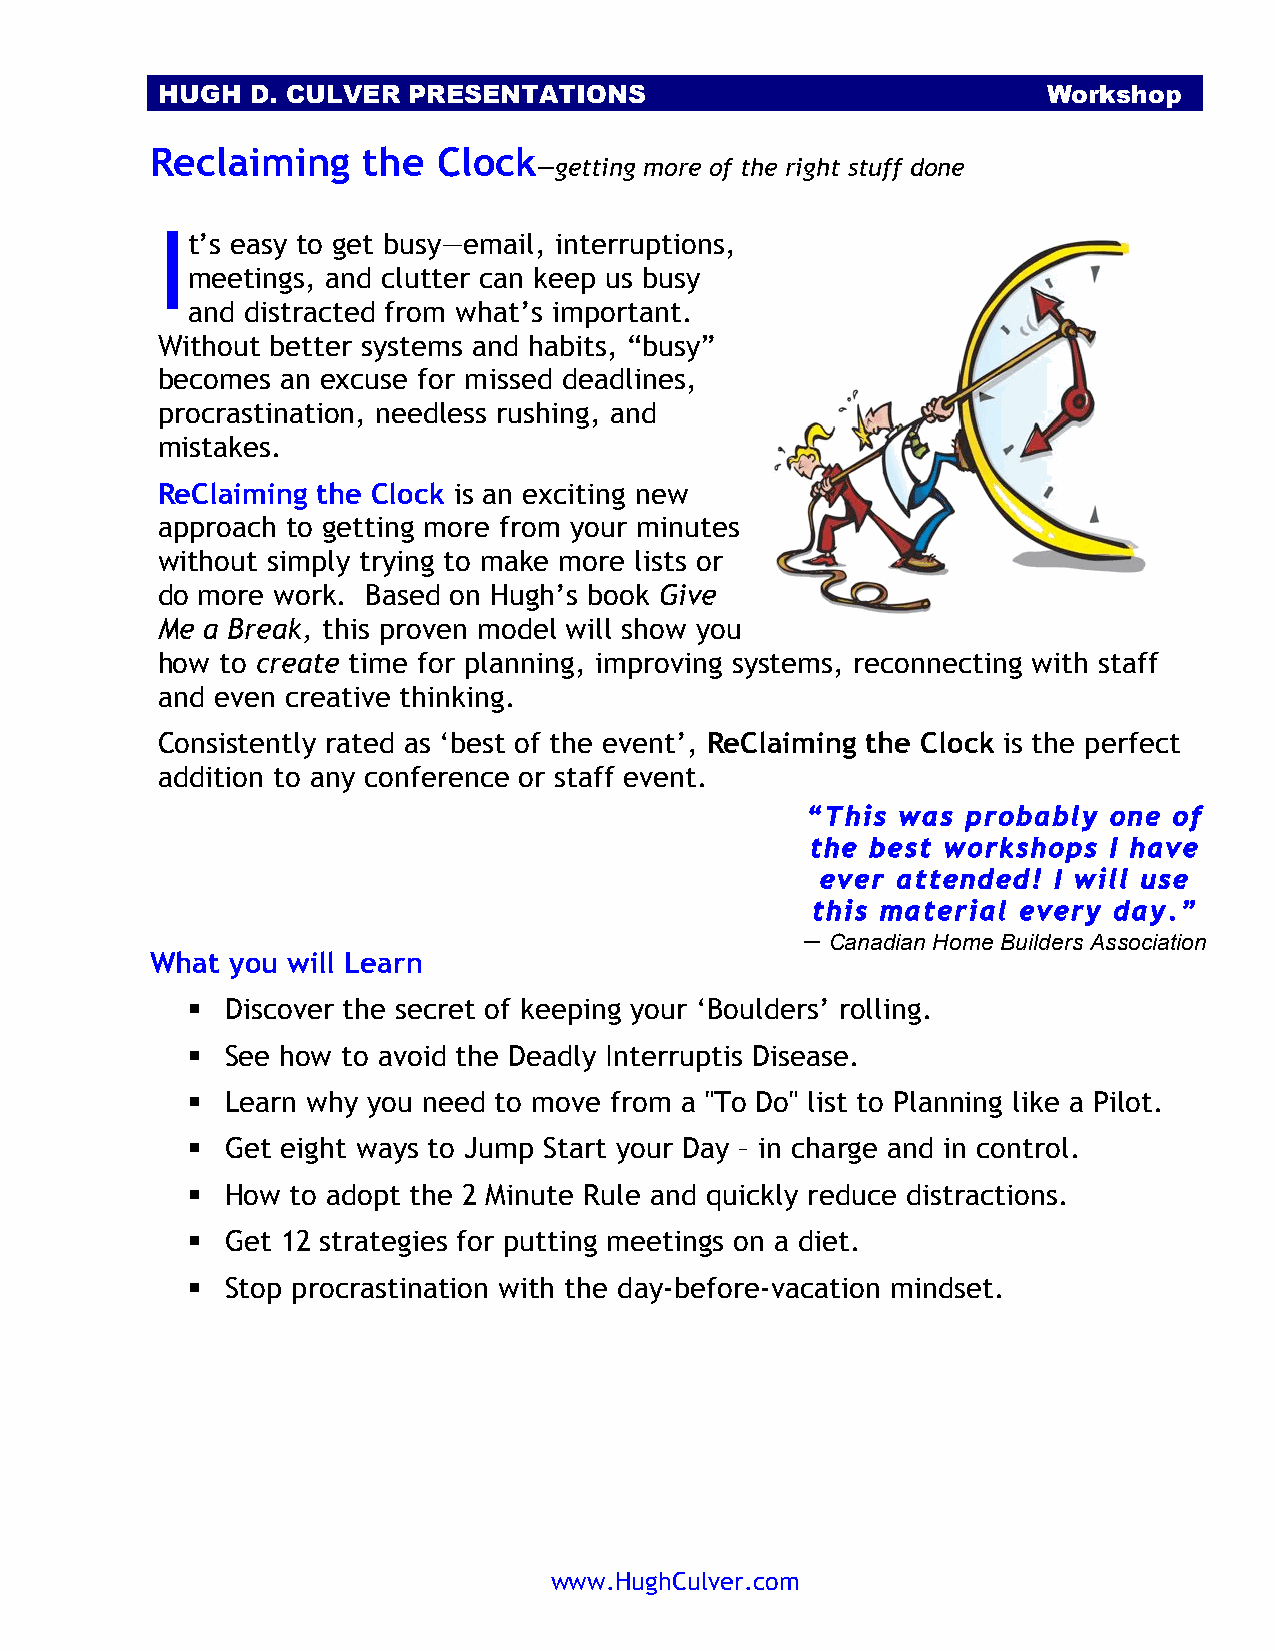
HUGH   D. CULVER PRESENTATIONS                             Workshop
 Reclaiming    the  Clock
 —getting more of the right stuff done
 I
 t’s easy to get busy—email, interruptions,
 meetings, and clutter can keep us busy
 and distracted from what’s important.
 Without better systems and habits, “busy”
 becomes  an excuse for missed deadlines,
 procrastination, needless rushing, and
 mistakes.
 ReClaiming the Clock is an exciting new
 approach to getting more from your minutes
 without simply trying to make more lists or
 do more work. Based on Hugh’s book Give
 Me  a Break, this proven model will show you
 how  to create time for planning, improving systems, reconnecting with staff
 and even creative thinking.
 Consistently rated as ‘best of the event’, ReClaiming the Clock is the perfect
 addition to any conference or staff event.
 “This  was probably one  of
 the best workshops I have
 ever attended!  I will use
 this material every day.”
 — Canadian Home Builders Association
 What you will Learn
   Discover the secret of keeping your ‘Boulders’ rolling.
   See how to avoid the Deadly Interruptis Disease.
   Learn why you need to move from a "To Do" list to Planning like a Pilot.
   Get eight ways to Jump Start your Day – in charge and in control.
   How to adopt the 2 Minute Rule and quickly reduce distractions.
   Get 12 strategies for putting meetings on a diet.
   Stop procrastination with the day-before-vacation mindset.
 www.HughCulver.com